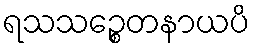
ရသသဉ္စေတနာယပိ